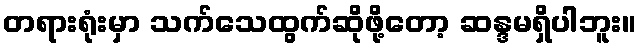
တရားရုံးမှာ သက်သေထွက်ဆိုဖို့တော့ ဆန္ဒမရှိပါဘူး။